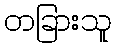
တခြားသူ